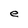
Character: e